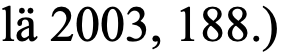
lä 2003, 188.)